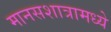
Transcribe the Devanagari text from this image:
मानसशात्रामध्ये